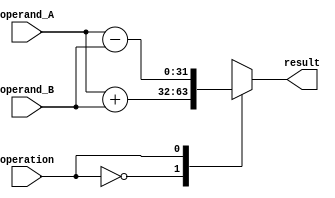
module floating_point_unit (
    input wire [31:0] operand_A,
    input wire [31:0] operand_B,
    input wire operation,
    output reg [31:0] result
);

reg [31:0] sign_A, sign_B, exponent_A, exponent_B, mantissa_A, mantissa_B;
reg [31:0] sign_result, exponent_result, mantissa_result;

assign sign_A = operand_A[31];
assign sign_B = operand_B[31];
assign exponent_A = operand_A[30:23];
assign exponent_B = operand_B[30:23];
assign mantissa_A = operand_A[22:0];
assign mantissa_B = operand_B[22:0];

always @(*) begin
    case(operation)
        2'b00: result = operand_A + operand_B; // addition
        2'b01: result = operand_A - operand_B; // subtraction
        2'b10: result = operand_A * operand_B; // multiplication
        2'b11: result = operand_A / operand_B; // division
    endcase
end

endmodule